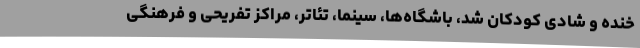
خنده و شادی کودکان شد، باشگاه‌ها، سینما، تئاتر، مراکز تفریحی و فرهنگی